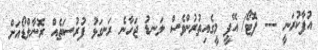
އުފާކުރަނީ --- ފޮޓޯ/ އޭޕީ މީގެއިތުރުންވެސް ލަނޑު ޖަހާނެ ރަނގަޅު ފުރުސަތެއް ރޮނާލްޑޯއަށް